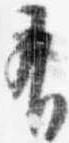
有